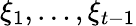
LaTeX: \xi_{1},\dots,\xi_{t-1}